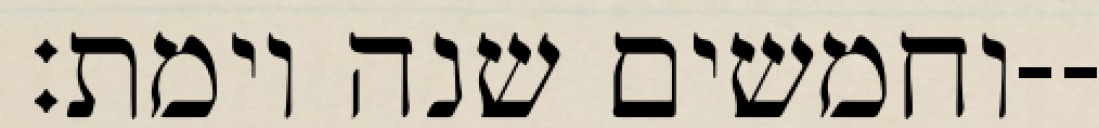
וחמשים שנה וימת׃--